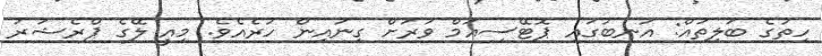
ހިތުގެ ބަލިތައް: އަނބުގައި ޕޮޓޭސިއަމް ވަރަށް ގިނައިން ހުރެއެވެ. މިއީ ލޭގެ ޕްރެޝަރު